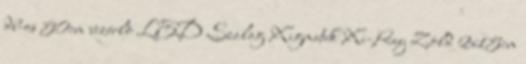
db-os 50cm vezérlõ LED Szalag Xigmatek Xi-Ray Zöld 2x15cm